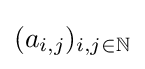
(a_{i,j})_{i,j\in \mathbb {N} }